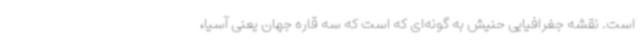
است. نقشه جغرافیایی حنیش به‌ گونه‌ای که است که سه قاره جهان یعنی آسیا،